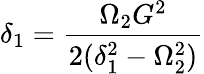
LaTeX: \delta_{1}=\frac{\Omega_{2}G^{2}}{2(\delta_{1}^{2}-\Omega_{2}^{2})}